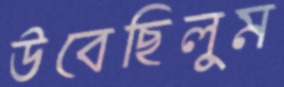
উবেছিলুম